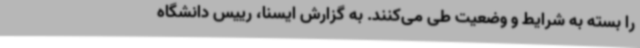
را بسته به شرایط و وضعیت طی می‌کنند. به گزارش ایسنا، رییس دانشگاه